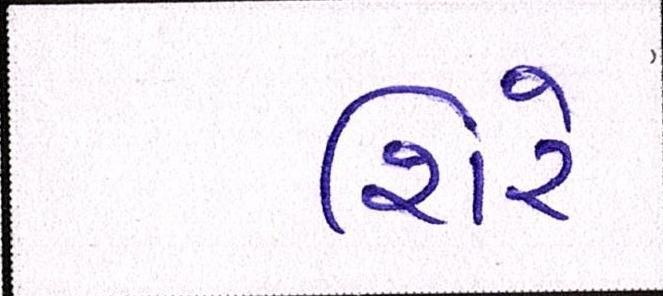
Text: શિરે